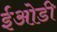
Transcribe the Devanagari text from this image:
ईओडी